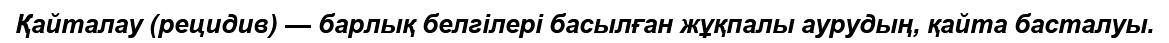
Қайталау (рецидив) — барлық белгілері басылған жұқпалы аурудың, қайта басталуы.